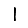
Digit: 1